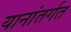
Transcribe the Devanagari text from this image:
यानांतर्गत